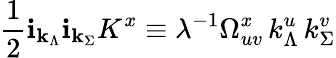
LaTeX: \frac{1}{2}{\mathbf i}_{\mathbf k_{\Lambda}}{\mathbf i}_{\mathbf k_{\Sigma}}K^{x}\equiv\lambda^{-1}\Omega_{uv}^{x}\, k_{\Lambda}^{u}\, k_{\Sigma}^{v}